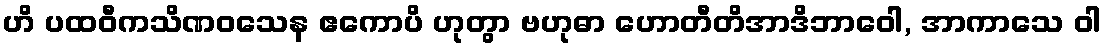
ဟိ ပထဝီကသိဏဝသေန ဧကောပိ ဟုတွာ ဗဟုဓာ ဟောတီတိအာဒိဘာဝေါ, အာကာသေ ဝါ